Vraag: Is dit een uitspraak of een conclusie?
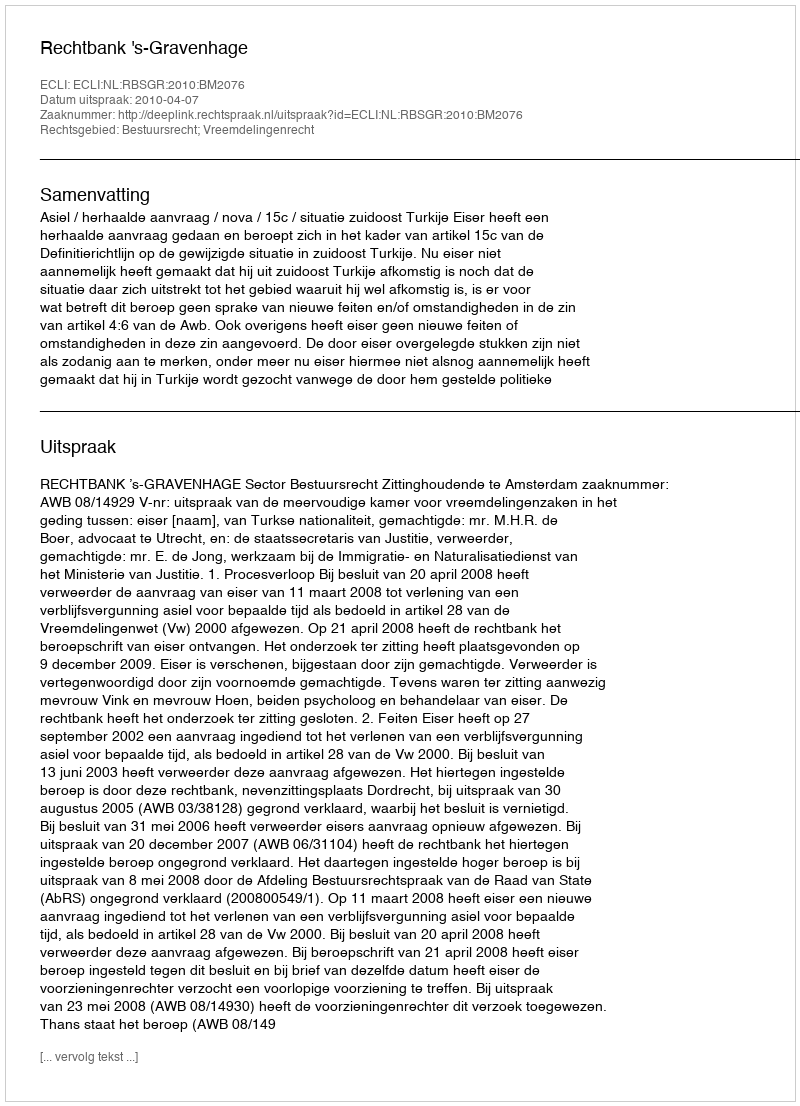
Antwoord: Uitspraak